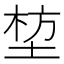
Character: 堏